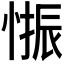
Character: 𱞾